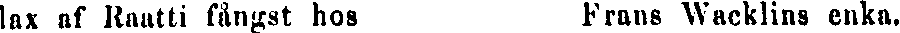
lax af Knutti fångst hos  Frans Wacklins enka.